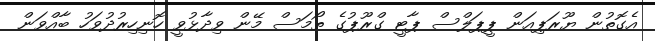
އެގޮތުން ޔޫރަޕިއަން ޕީޕަލްސް ޕާޓީ ގްރޫޕުގެ ތޯމަސް މޭން ވިދާޅުވީ ހޮނިހިރުދުވަހު ބާއްވަން